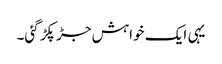
یہی ایک خواہش جڑ پکڑ گئی۔